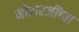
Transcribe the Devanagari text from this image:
मोरारजींच्या